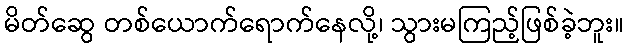
မိတ်ဆွေ တစ်ယောက်ရောက်နေလို့၊ သွားမကြည့်ဖြစ်ခဲ့ဘူး။